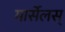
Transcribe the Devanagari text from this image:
मार्सेलस्